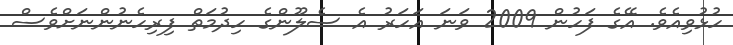
ހުޅުވިއެވެ. އޭގެ ފަހުން 2009 ވަނަ އަހަރު އެ ސެލޫންގެ ހިދުމަތް ފިރިހެނުންނަށްވެސް